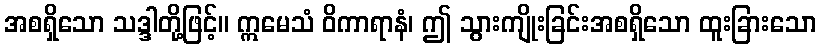
အစရှိသော သဒ္ဒါတို့ဖြင့်။ ဣမေသံ ဝိကာရာနံ၊ ဤ သွားကျိုးခြင်းအစရှိသော ထူးခြားသော